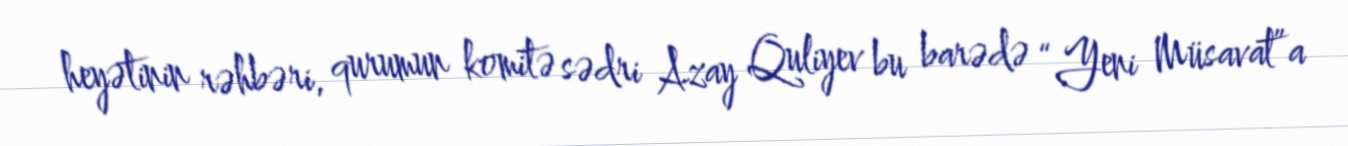
heyətinin rəhbəri, qurumun komitə sədri Azay Quliyev bu barədə “Yeni Müsavat”a